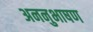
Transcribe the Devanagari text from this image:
अननुभाषण